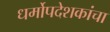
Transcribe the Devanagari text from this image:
धर्मोपदेशकांचा